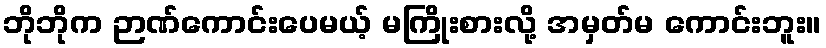
ဘိုဘိုက ဉာဏ်ကောင်းပေမယ့် မကြိုးစားလို့ အမှတ်မ ကောင်းဘူး။